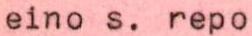
eino s. repo